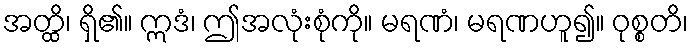
အတ္ထိ၊ ရှိ၏။ ဣဒံ၊ ဤအလုံးစုံကို။ မရဏံ၊ မရဏဟူ၍။ ဝုစ္စတိ၊